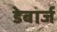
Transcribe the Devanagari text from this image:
डेबार्ज